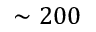
\sim 2 0 0